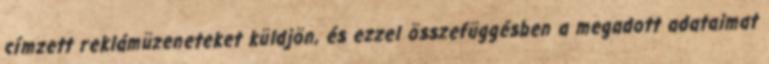
címzett reklámüzeneteket küldjön, és ezzel összefüggésben a megadott adataimat